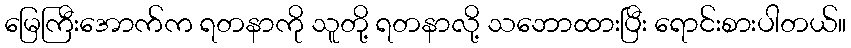
မြေကြီးအောက်က ရတနာကို သူတို့ ရတနာလို့ သဘောထားပြီး ရောင်းစားပါတယ်။